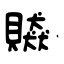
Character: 贆